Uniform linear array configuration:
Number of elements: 24
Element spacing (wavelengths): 1
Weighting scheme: uniform
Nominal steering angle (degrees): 60
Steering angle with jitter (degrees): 60.491
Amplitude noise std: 0.05
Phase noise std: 0.05

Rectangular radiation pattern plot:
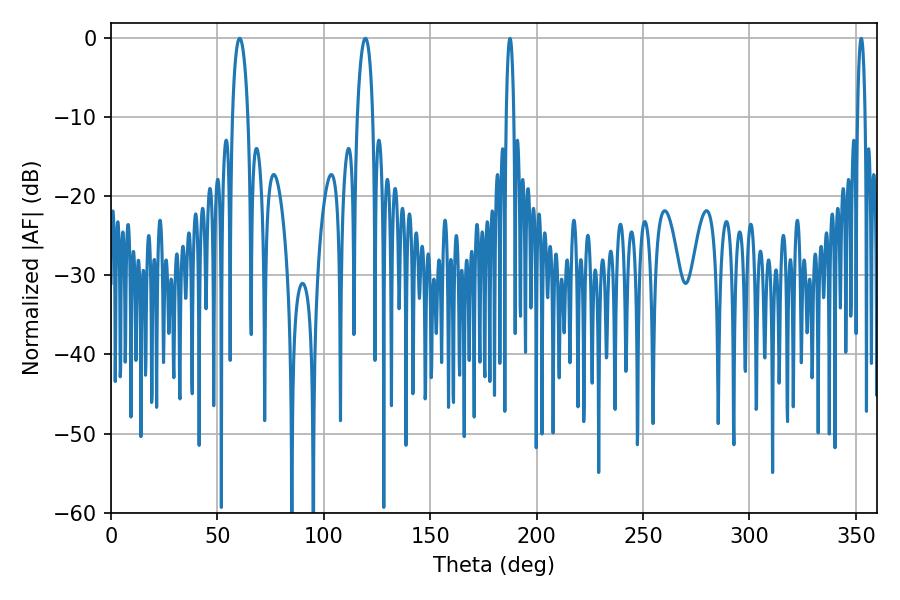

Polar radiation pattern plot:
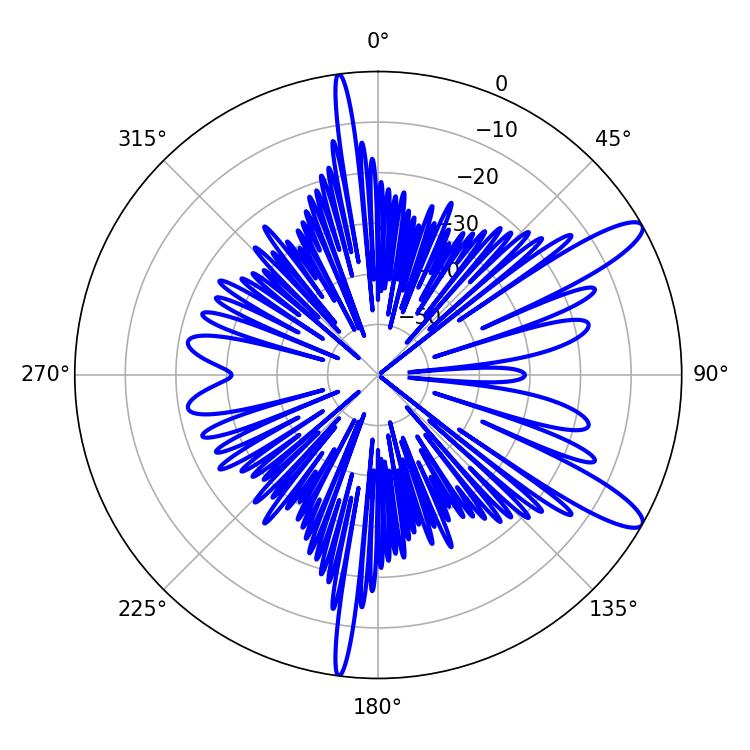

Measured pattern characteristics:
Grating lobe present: TRUE
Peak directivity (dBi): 11.797
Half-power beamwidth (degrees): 4.14
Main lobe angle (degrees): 60.48